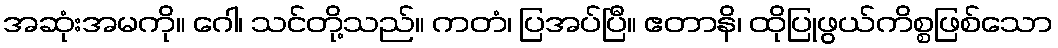
အဆုံးအမကို။ ဂေါ၊ သင်တို့သည်။ ကတံ၊ ပြအပ်ပြီ။ ဧတာနိ၊ ထိုပြုဖွယ်ကိစ္စဖြစ်သော